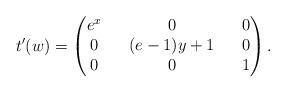
LaTeX: \begin{align*}t'(w)=\begin{pmatrix}e^x && 0 && 0\\0 && (e-1)y+1 && 0\\0 && 0 && 1\end{pmatrix}.\end{align*}